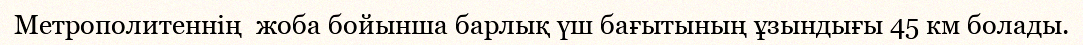
Метрополитеннің  жоба бойынша барлық үш бағытының ұзындығы 45 км болады.